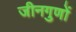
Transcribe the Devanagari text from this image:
जीनगुणों